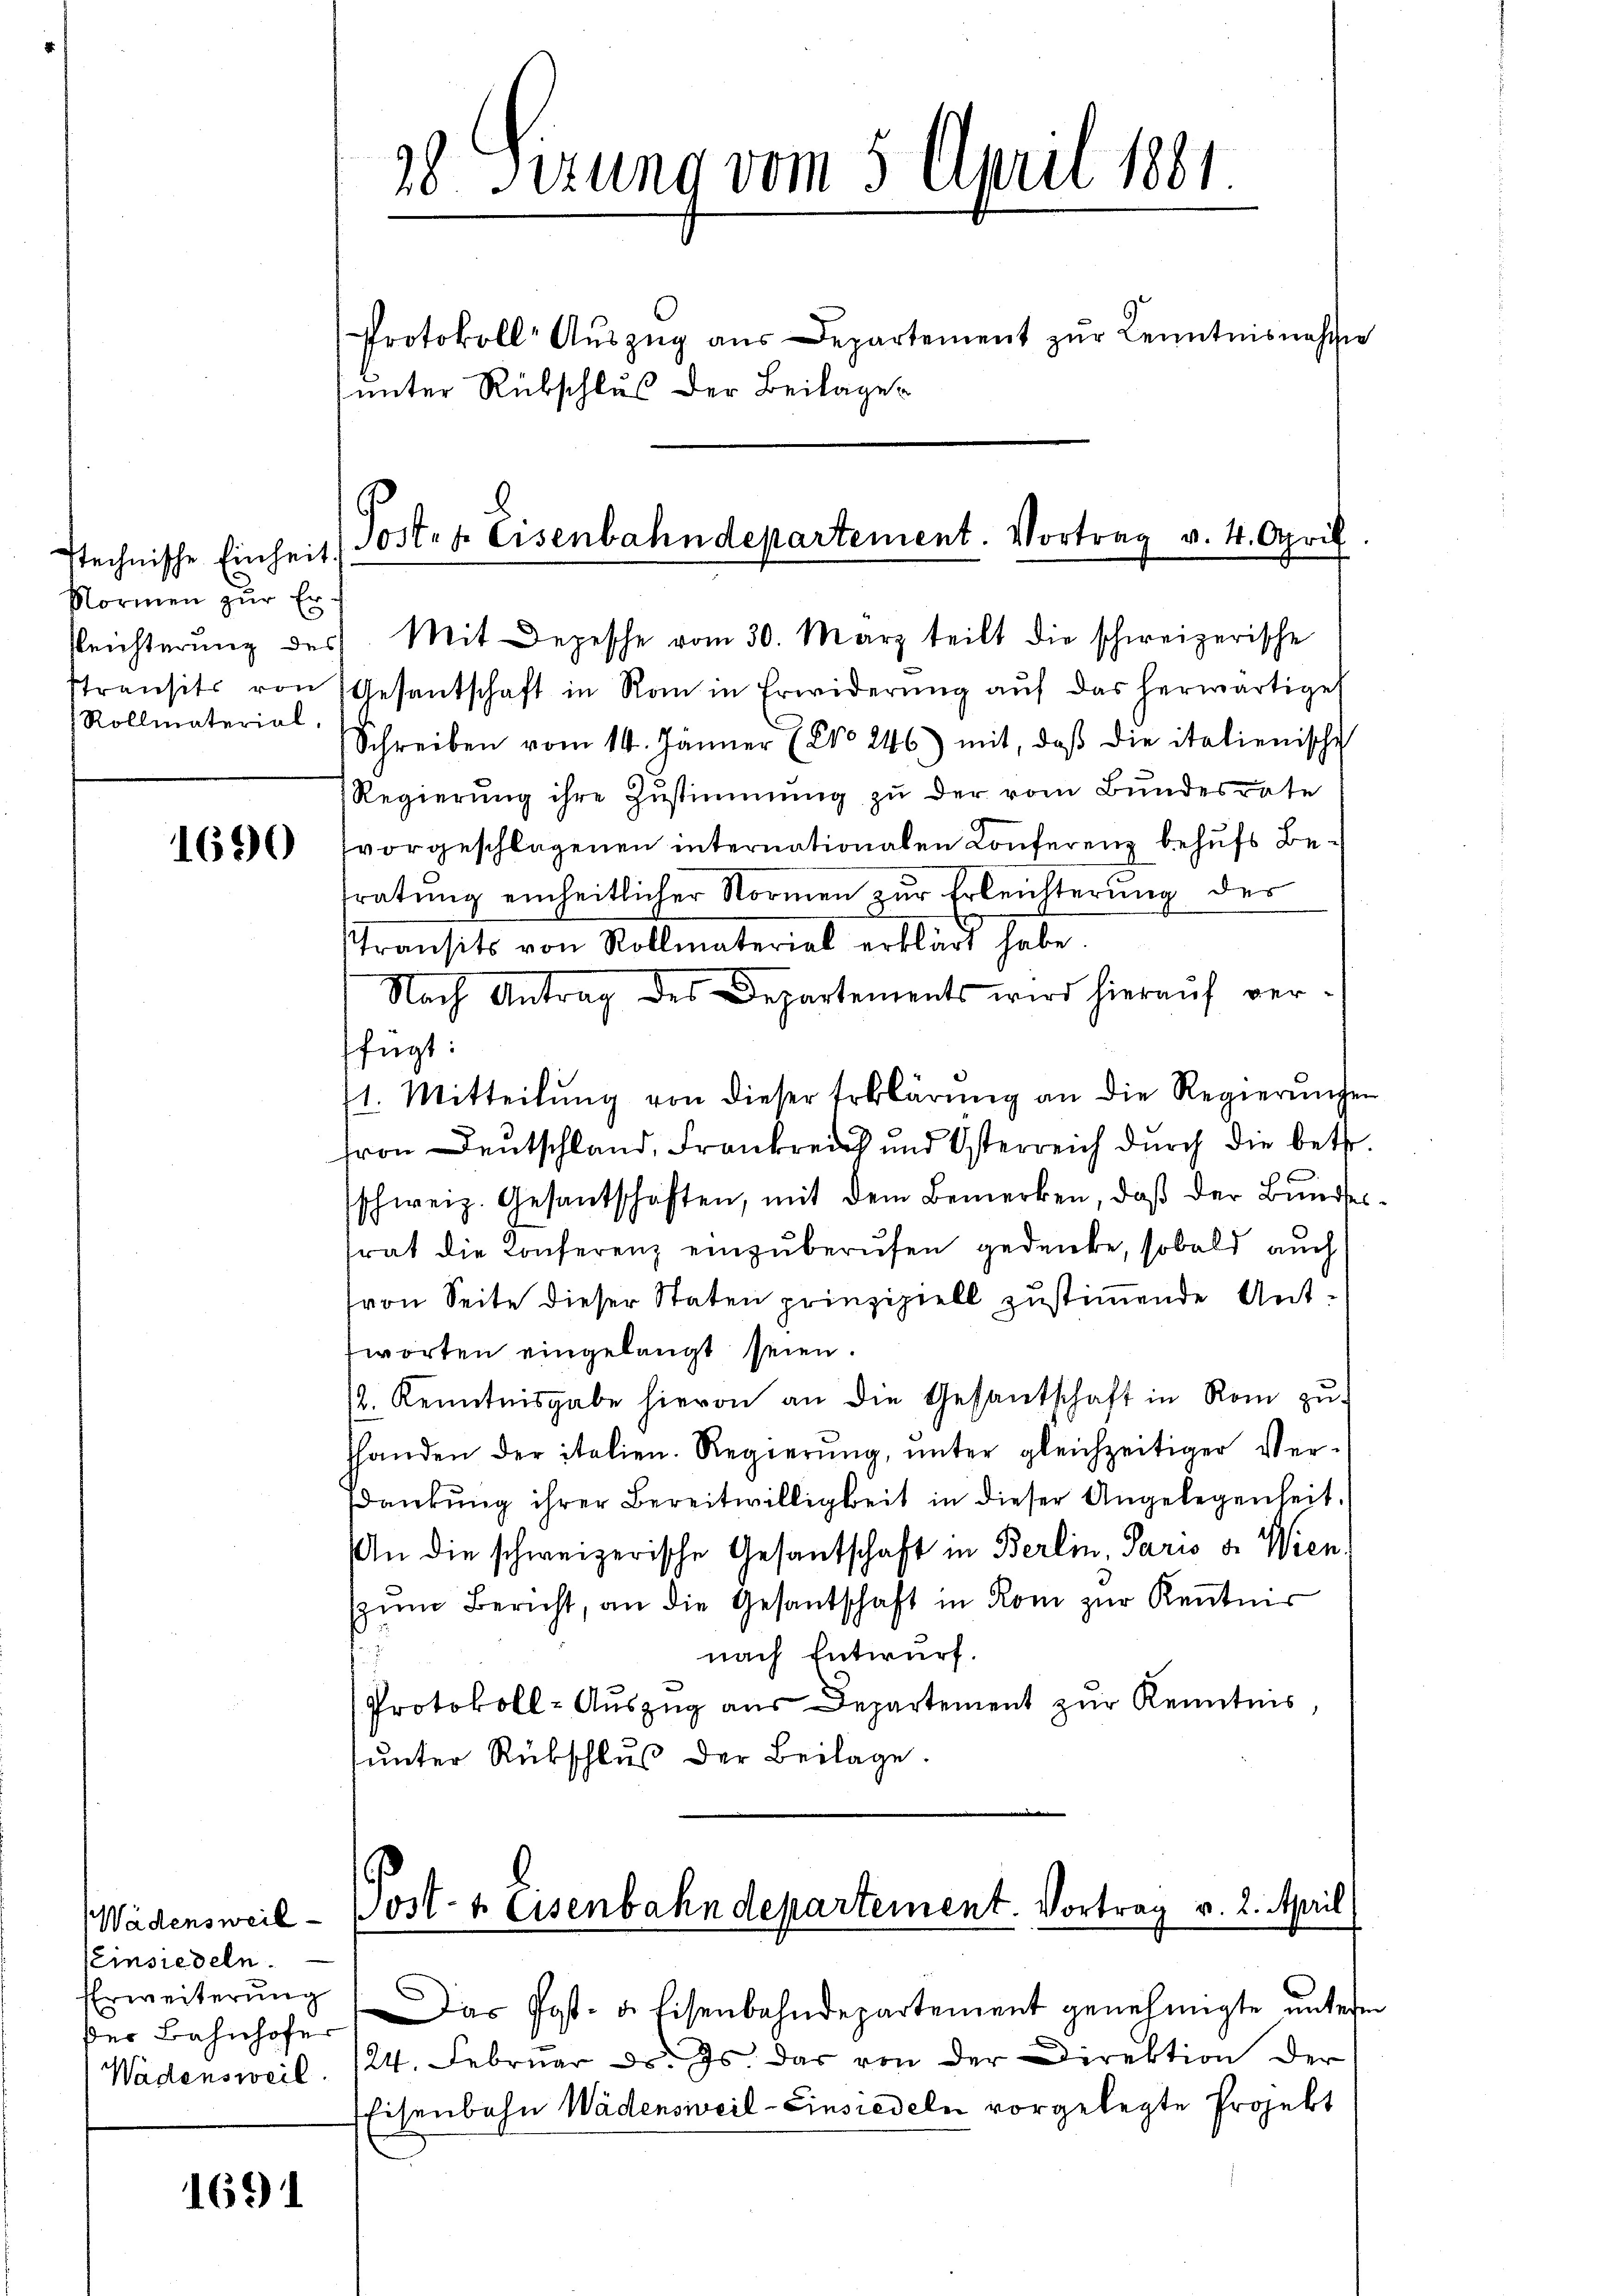
stechnische Einheit.
Normen zur Er¬
Reichterung des
Rollmaterial,

1690

Wädensweil
Einsiedeln.
der Bahnhofer
Wädensweil

1691

Mit Depesche vom 30. März teilt die schweizerische
stransits von Gesantschaft in Rom in Erwiderung auf das herwärtige
Schreiben vom 14. Jänner (20246) mit, daβ die italienische
Regierung ihre Zustimmung zu der vom Bundesrate
vorgeschlagenen internationalen Conferenz behufs Betratung einheitlicher Normen zur Erleichterung des
Transits von Kollmaterial erklärt habe.
Nach Antrag des Departements wird hierauf ver-
fügt:
11. Mitteilŭng von dieser Erklärŭng an die Regierŭngen
fron Deutschland, Frankreich und Österreich durch die betr.
schweiz. Gesantschaften, mit dem Bemerken, daβ der Bŭndes
trat die Konferenz einzuberufen gedenke, sobald auch
(von Seite dieser Staten prinzipiell zustimmende Antworten eingelangt seien.
12. Kenntnisgabe hievon an die Gesantschaft in Rom zu
hhanden der italien. Regierŭng ŭnter gleichzeitiger Ver-
dankŭng ihrer Bereitwilligkeit in dieser Angelegenheit,
An die schweizerische Gesantschaft in Berlin, Paris v. Wien,
zŭm Bericht, an die Gesantschaft in Rom zur Kenntnis
nach Entwurf.
Protokoll-Auszug aus Departement zur Kenntnis,
unter Rükschluß der Beilage.

28 Sizung vom 5. April 1881.
Protokoll Aŭszŭg aŭs Departement zŭr Kenntnisnahmen
(unter Rübschlus der Beilages

Port. f. Eisenbahndepartement. Vortrag v. 4. April

Post- u. Eisenbahndepartement. Vortrag v. 2. April

Erweiterŭng. Das Post- u. Eisenbahndepartement genehmigte ŭnterm
24. Februar ds. Es dar von der Direktion der
Eisenbahn Wädensweil–Einsiedeln vorgelegte Projekt